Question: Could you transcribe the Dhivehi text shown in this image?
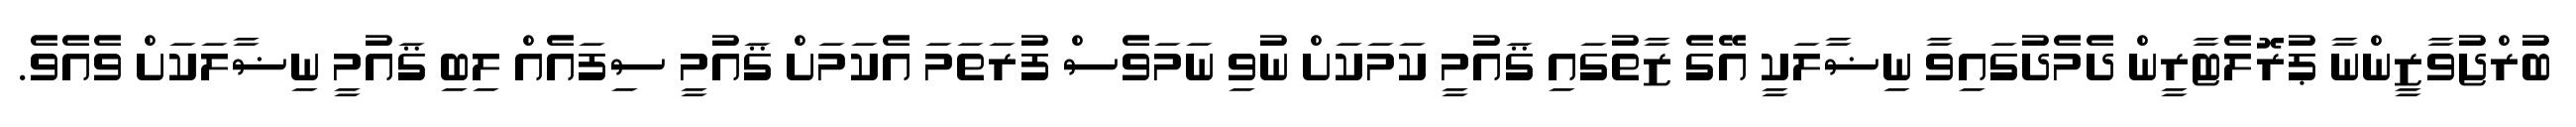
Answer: ބުރްޖުވާޒީންނާ ޕުރޮލެޓާރީން ދެމެދުގައިވާ ނިޟާލަކީ އޭގެ ޒާތުގައި ޤައުމީ ކަމަކަށް ނުވި ނަމަވެސް ފުރަތަމަ އެކަމަށް ޤައުމީ ސިފައެއް ލިބި ޤައުމީ ނިޟާލަކަށް ވެއެވެ.